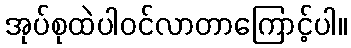
အုပ်စုထဲပါဝင်လာတာကြောင့်ပါ။